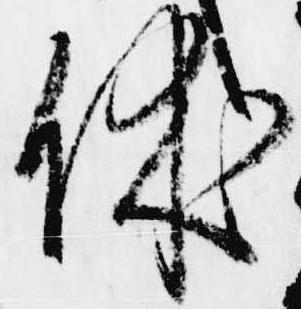
休